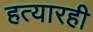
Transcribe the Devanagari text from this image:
हत्यारही